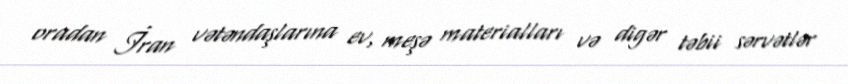
oradan İran vətəndaşlarına ev, meşə materialları və digər təbii sərvətlər